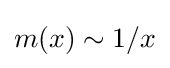
m(x)\sim 1/x